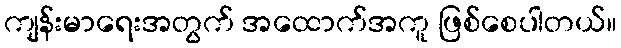
ကျန်းမာရေးအတွက် အထောက်အကူ ဖြစ်စေပါတယ်။